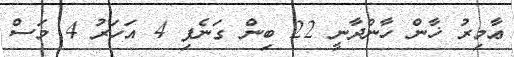
ޢާމިރު ޚާން ހާންދާނީ 22 ބިން ގަނެފި 4 އަހަރު 4 މަސް